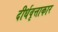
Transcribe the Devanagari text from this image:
दीर्धवृत्ताकार